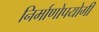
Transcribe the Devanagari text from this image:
निर्माणोपयोगी